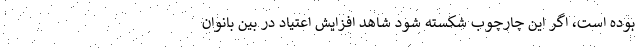
بوده است، اگر این چارچوب شکسته شود شاهد افزایش اعتیاد در بین بانوان